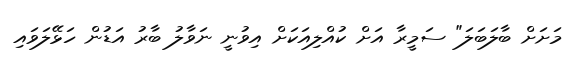
މަށަށް ބާލަބަލަ" ސަމީރާ އަށް ކުއްލިއަކަށް އިވުނީ ނަވާލު ބާރު އަޑުން ހަޅޭލަވައި